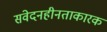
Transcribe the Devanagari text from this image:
संवेदनहीनताकारक